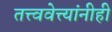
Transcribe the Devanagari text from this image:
तत्त्ववेत्त्यांनीही